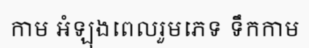
កាម អំឡុងពេលរួមភេទ ទឹកកាម